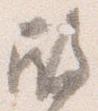
殿